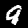
Digit: 9